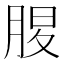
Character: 𦜄